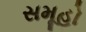
સમૂહો